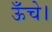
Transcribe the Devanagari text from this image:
ऊँचे।